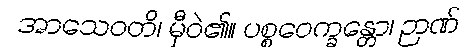
အာသေဝတိ၊ မှီဝဲ၏။ ပစ္စဝေက္ခန္တော၊ ဉာဏ်